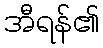
အီရန်၏